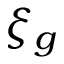
\xi _ { g }